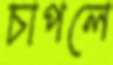
চাপলে